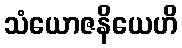
သံယောဇနိယေဟိ